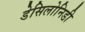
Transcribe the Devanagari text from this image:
डेसिलोनिडी